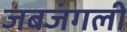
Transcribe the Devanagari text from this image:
जबजंगली